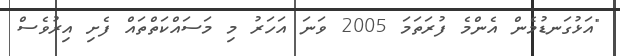
"އަޅުގަނޑުމެން އެންމެ ފުރަތަމަ 2005 ވަނަ އަހަރު މި މަސައްކަތްތައް ފެށި އިރުވެސް